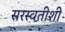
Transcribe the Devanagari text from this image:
सरस्वतीशी